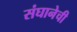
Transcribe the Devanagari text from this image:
संघानेची